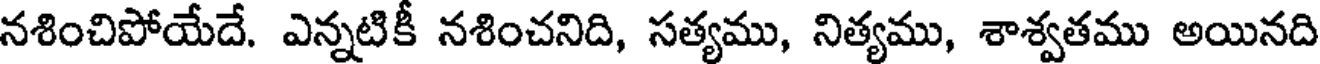
నశించిపోయేదే. ఎన్నటికీ నశించనిది, సత్యము, నిత్యము, శాశ్వతము అయినది